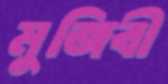
মুজিবী